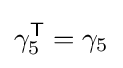
\gamma _{5}^{\textsf {T}}=\gamma _{5}